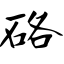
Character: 硌